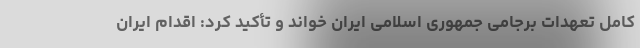
کامل تعهدات برجامی جمهوری اسلامی ایران خواند و تأکید کرد: اقدام ایران